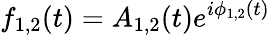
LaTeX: f_{1,2}(t)=A_{1,2}(t)e^{i\phi_{1,2}(t)}